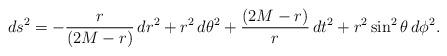
LaTeX: \begin{align*}ds^2 = - {r \over (2 M - r)}\,dr^2 + r^2\,d\theta^2 + {(2 M - r) \over r}\,dt^2 + r^2 \sin^2 \theta\,d\phi^2.\end{align*}